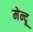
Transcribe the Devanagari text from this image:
मेन्दू